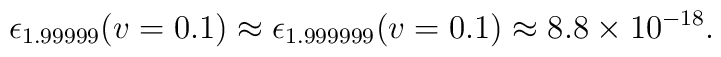
\epsilon_{1.99999}(v=0.1) \approx \epsilon_{1.999999}(v=0.1) \approx 8.8 \times 10^{-18}.